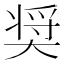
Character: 奨